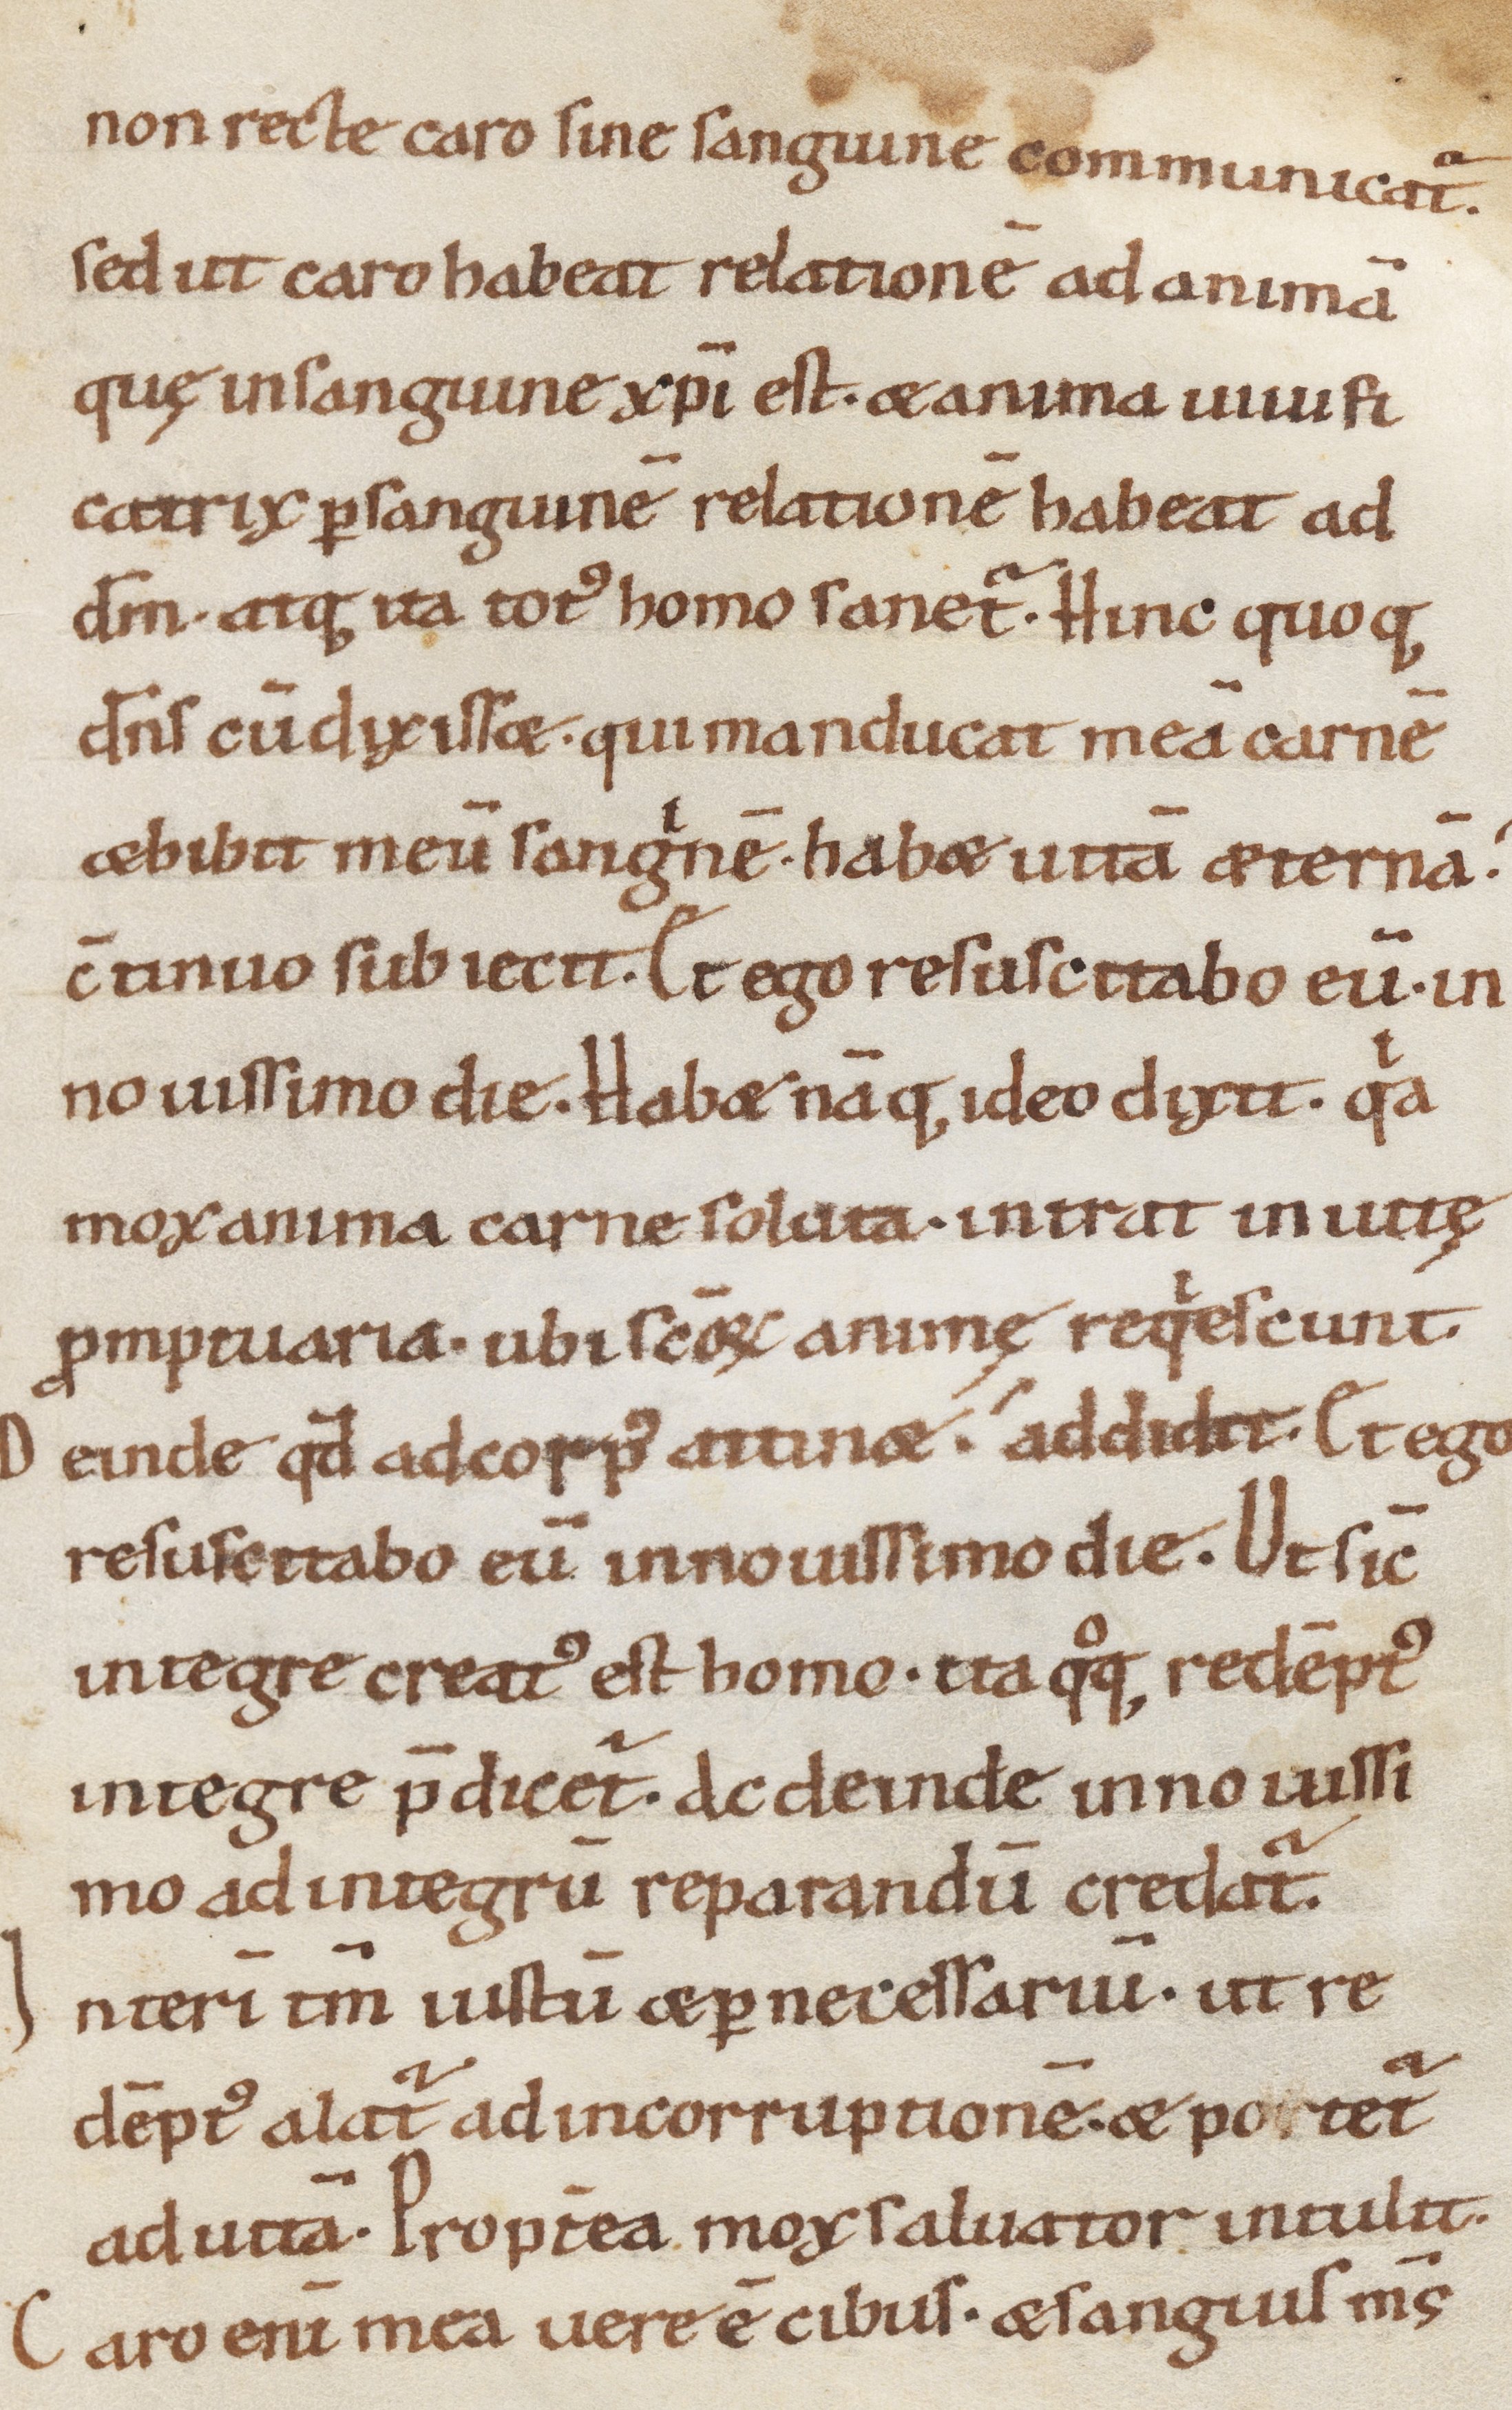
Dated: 1000–1099